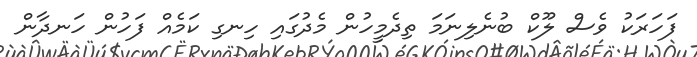
ފަހަރަކު ވެސް ލޫކް ބުނެލިނަމަ ތިދެމީހުން މެދުގައި ހިނގި ކަމެއް ފަހުން ހަނދާން